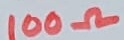
Text: 100Ω